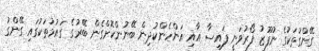
ގޭންގުތަކުގެ ނުފޫޒު ފޯރުވަނީ ފައިސާ އާއި އަންހެންކުދިން ބޭނުންކޮށްގެން ބޭރުގެ ގައުމުތަކުގައި ގޭންގު